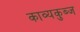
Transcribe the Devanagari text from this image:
काव्यकुब्ज